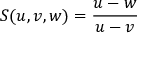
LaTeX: S ( u , v , w ) = { \frac { u - w } { u - v } }